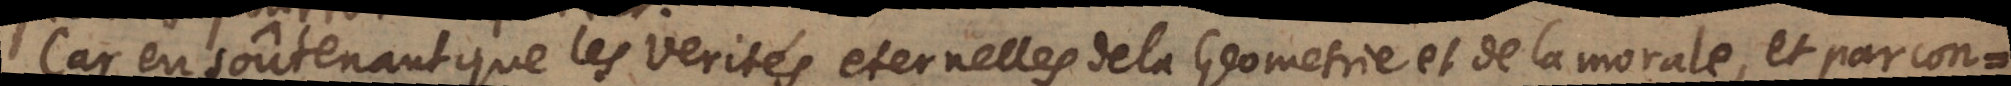
Car en soûtenant que les verités eternelles de la Geometrie et de la morale,et par con-